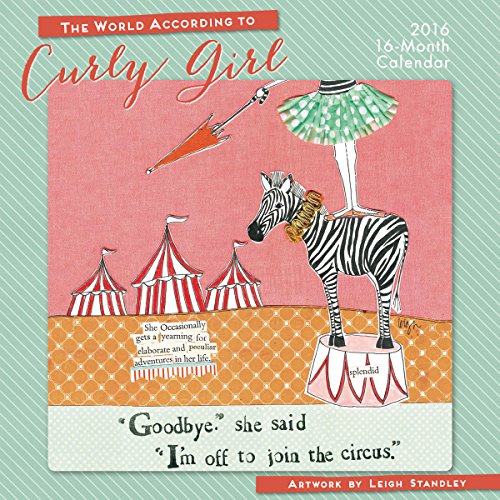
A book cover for World According to Curly Girl 2016 Wall Calendar; Leigh Standley; Calendars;